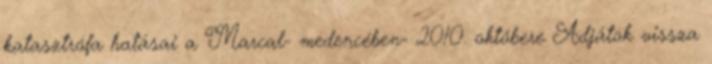
katasztrófa hatásai a Marcal- medencében- 2010. októbere Adjátok vissza